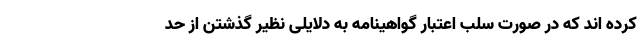
کرده اند که در صورت سلب اعتبار گواهینامه به دلایلی نظیر گذشتن از حد